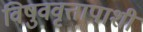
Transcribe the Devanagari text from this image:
विषुववृत्तापाशी